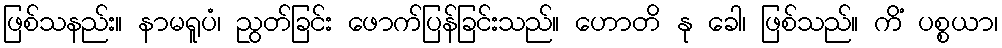
ဖြစ်သနည်း။ နာမရူပံ၊ ညွတ်ခြင်း ဖောက်ပြန်ခြင်းသည်။ ဟောတိ နု ခေါ၊ ဖြစ်သည်။ ကိံ ပစ္စယာ၊